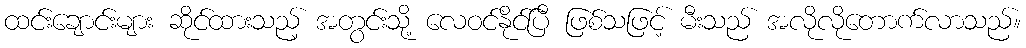
ထင်းချောင်းများ ဆိုင်ထားသည့် အတွင်းသို့ လေဝင်နိုင်ပြီ ဖြစ်သဖြင့် မီးသည် အလိုလိုတောက်လာသည်။